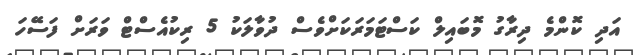
އަދި ކޮންމެ ދިރާގު މޮބައިލް ކަސްޓަމަރަކަށްވެސް ދުވާލަކު 5 ރިކުއެސްޓް ވަރަށް ފަސޭހަ